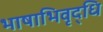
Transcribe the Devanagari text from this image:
भाषाभिवृद्धि